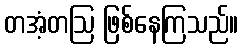
တအံ့တဩ ဖြစ်နေကြသည်။